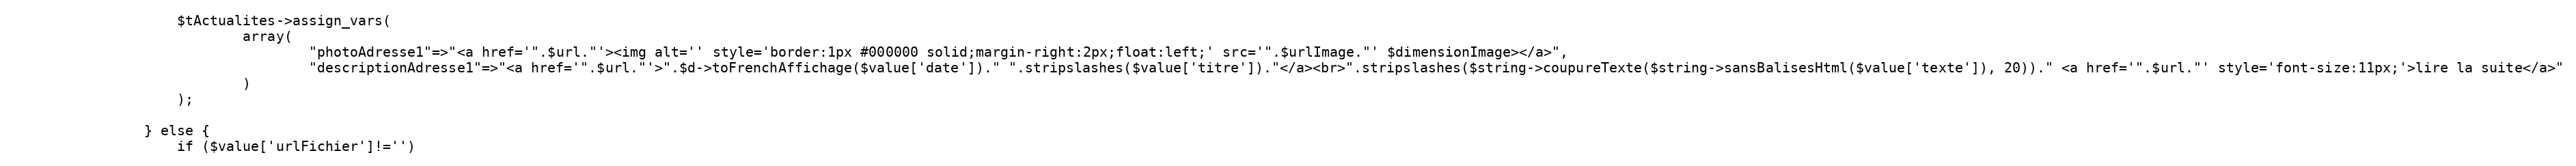
Language: PHP
					$tActualites->assign_vars(
							array(
									"photoAdresse1"=>"<a href='".$url."'><img alt='' style='border:1px #000000 solid;margin-right:2px;float:left;' src='".$urlImage."' $dimensionImage></a>",
									"descriptionAdresse1"=>"<a href='".$url."'>".$d->toFrenchAffichage($value['date'])." ".stripslashes($value['titre'])."</a><br>".stripslashes($string->coupureTexte($string->sansBalisesHtml($value['texte']), 20))." <a href='".$url."' style='font-size:11px;'>lire la suite</a>"
							)
					);

				} else {
					if ($value['urlFichier']!='')